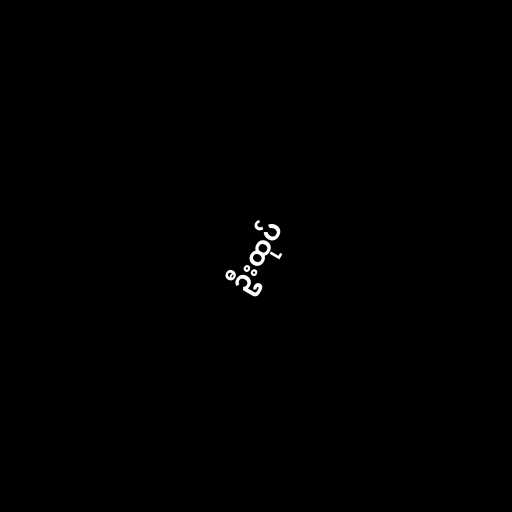
ဦးထုပ်